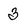
Character: 3